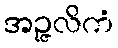
အဉ္ဇလိကံ